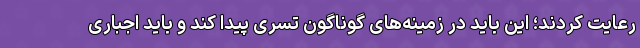
رعایت کردند؛ این باید در زمینه‌های گوناگون تسری پیدا کند و باید اجباری